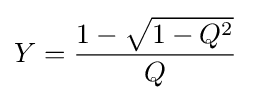
Y={\frac {1-{\sqrt {1-Q^{2}}}}{Q}}\